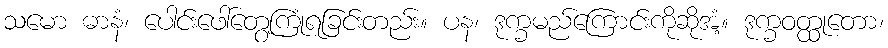
သမော ဓာနံ၊ ပေါင်းဖေါ်တွေ့ကြုံရခြင်းတည်း။ ပန၊ ဒုက္ခမည်ကြောင်းကိုဆိုအံ့။ ဒုက္ခဝတ္ထုတော၊